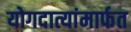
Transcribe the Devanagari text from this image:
योगदात्यांमार्फत